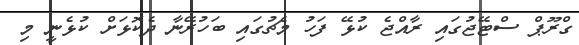
ގްރޫޕް ސްޓޭޖުގައި ރާއްޖެ ކުޅޭ ފަހު މެޗުގައި ބަހުރޭނާ ދެކޮޅަށް ކުޅެނީ މި